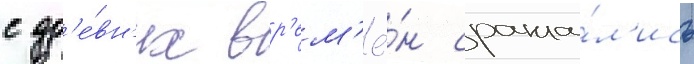
с др'е́вн'их вр'ем'ё́н сража́л'ись